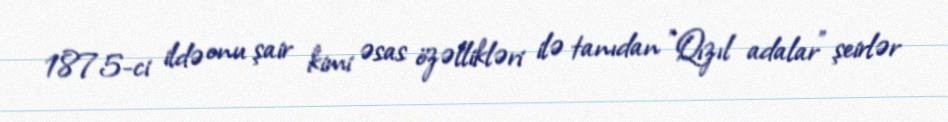
1875-ci ildə onu şair kimi əsas özəllikləri ilə tanıdan "Qızıl adalar" şeirlər